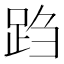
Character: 𬦩